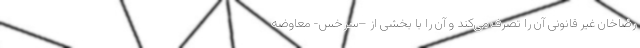
رضاخان غیر قانونی آن را تصرف می‌کند و آن را با بخشی از –سرخس- معاوضه